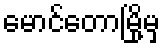
မောင်တောမြို့မှ